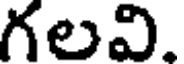
గలవి.